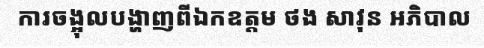
ការចង្អុលបង្ហាញពីឯកឧត្តម ថង សាវុន អភិបាល